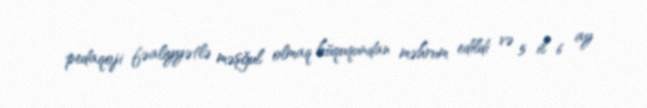
pedaqoji fəaliyyətlə məşğul olmaq hüququndan məhrum edildi və 5 il 6 ay